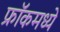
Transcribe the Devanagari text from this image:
फ्रॉकमध्ये